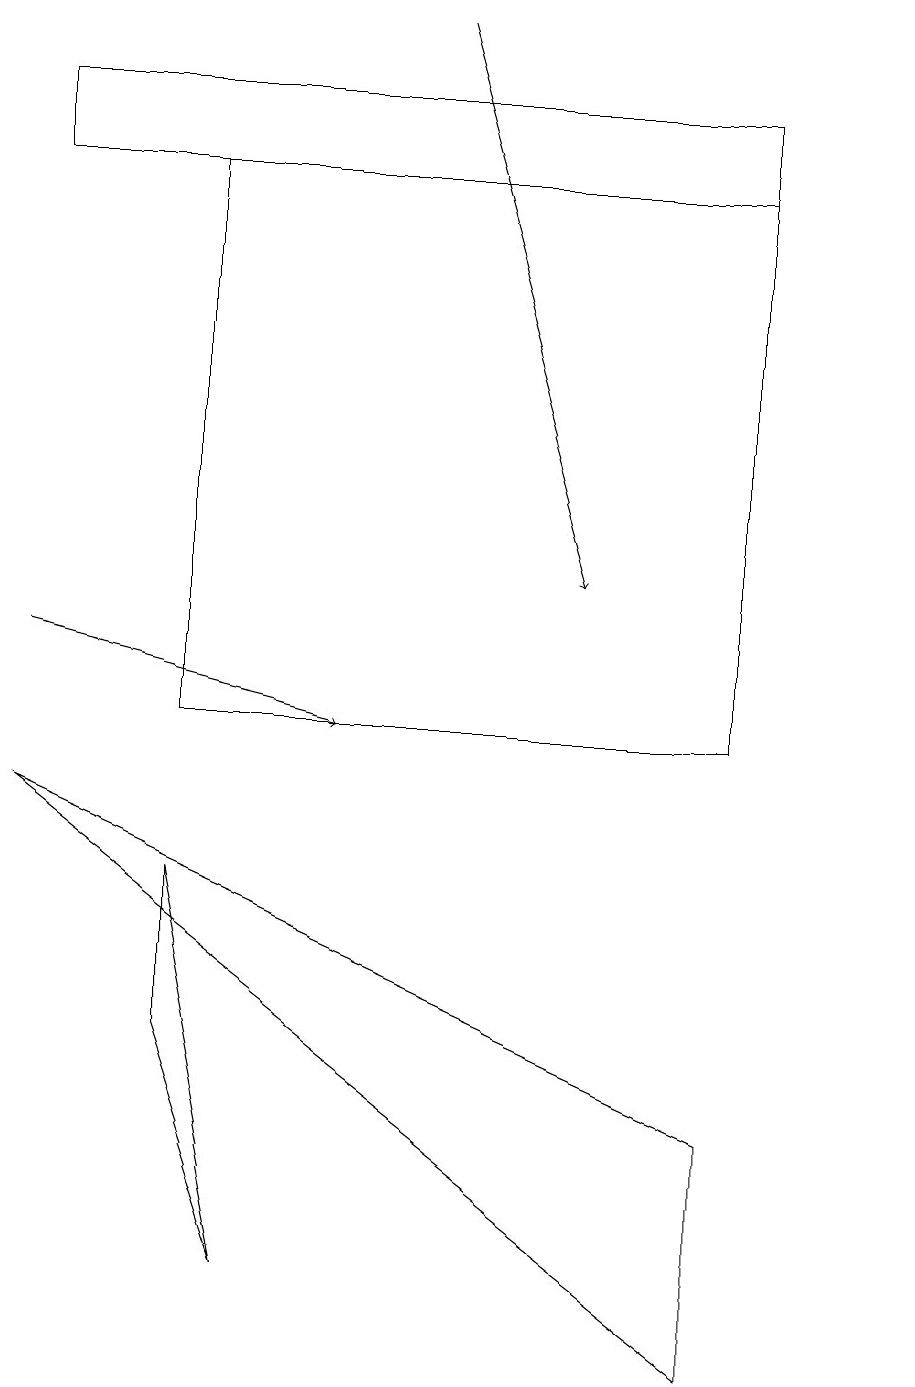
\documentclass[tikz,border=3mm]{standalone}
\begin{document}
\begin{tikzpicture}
\draw (9,17) rectangle (0,18);
\draw[->] (0,11) -- (4,10);
\draw (3,3) -- (2,6) -- (2,8) -- cycle;
\draw (0,9) -- (9,2) -- (9,5) -- cycle;
\draw (9,10) rectangle (2,17);
\draw (11,11) circle (0);
\draw (6,18) rectangle (8,18);
\draw[->] (5,19) -- (7,12);
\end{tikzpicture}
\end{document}